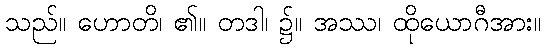
သည်။ ဟောတိ၊ ၏။ တဒါ၊ ၌။ အဿ၊ ထိုယောဂီအား။